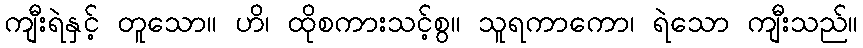
ကျီးရဲနှင့် တူသော။ ဟိ၊ ထိုစကားသင့်စွ။ သူရကာကော၊ ရဲသော ကျီးသည်။